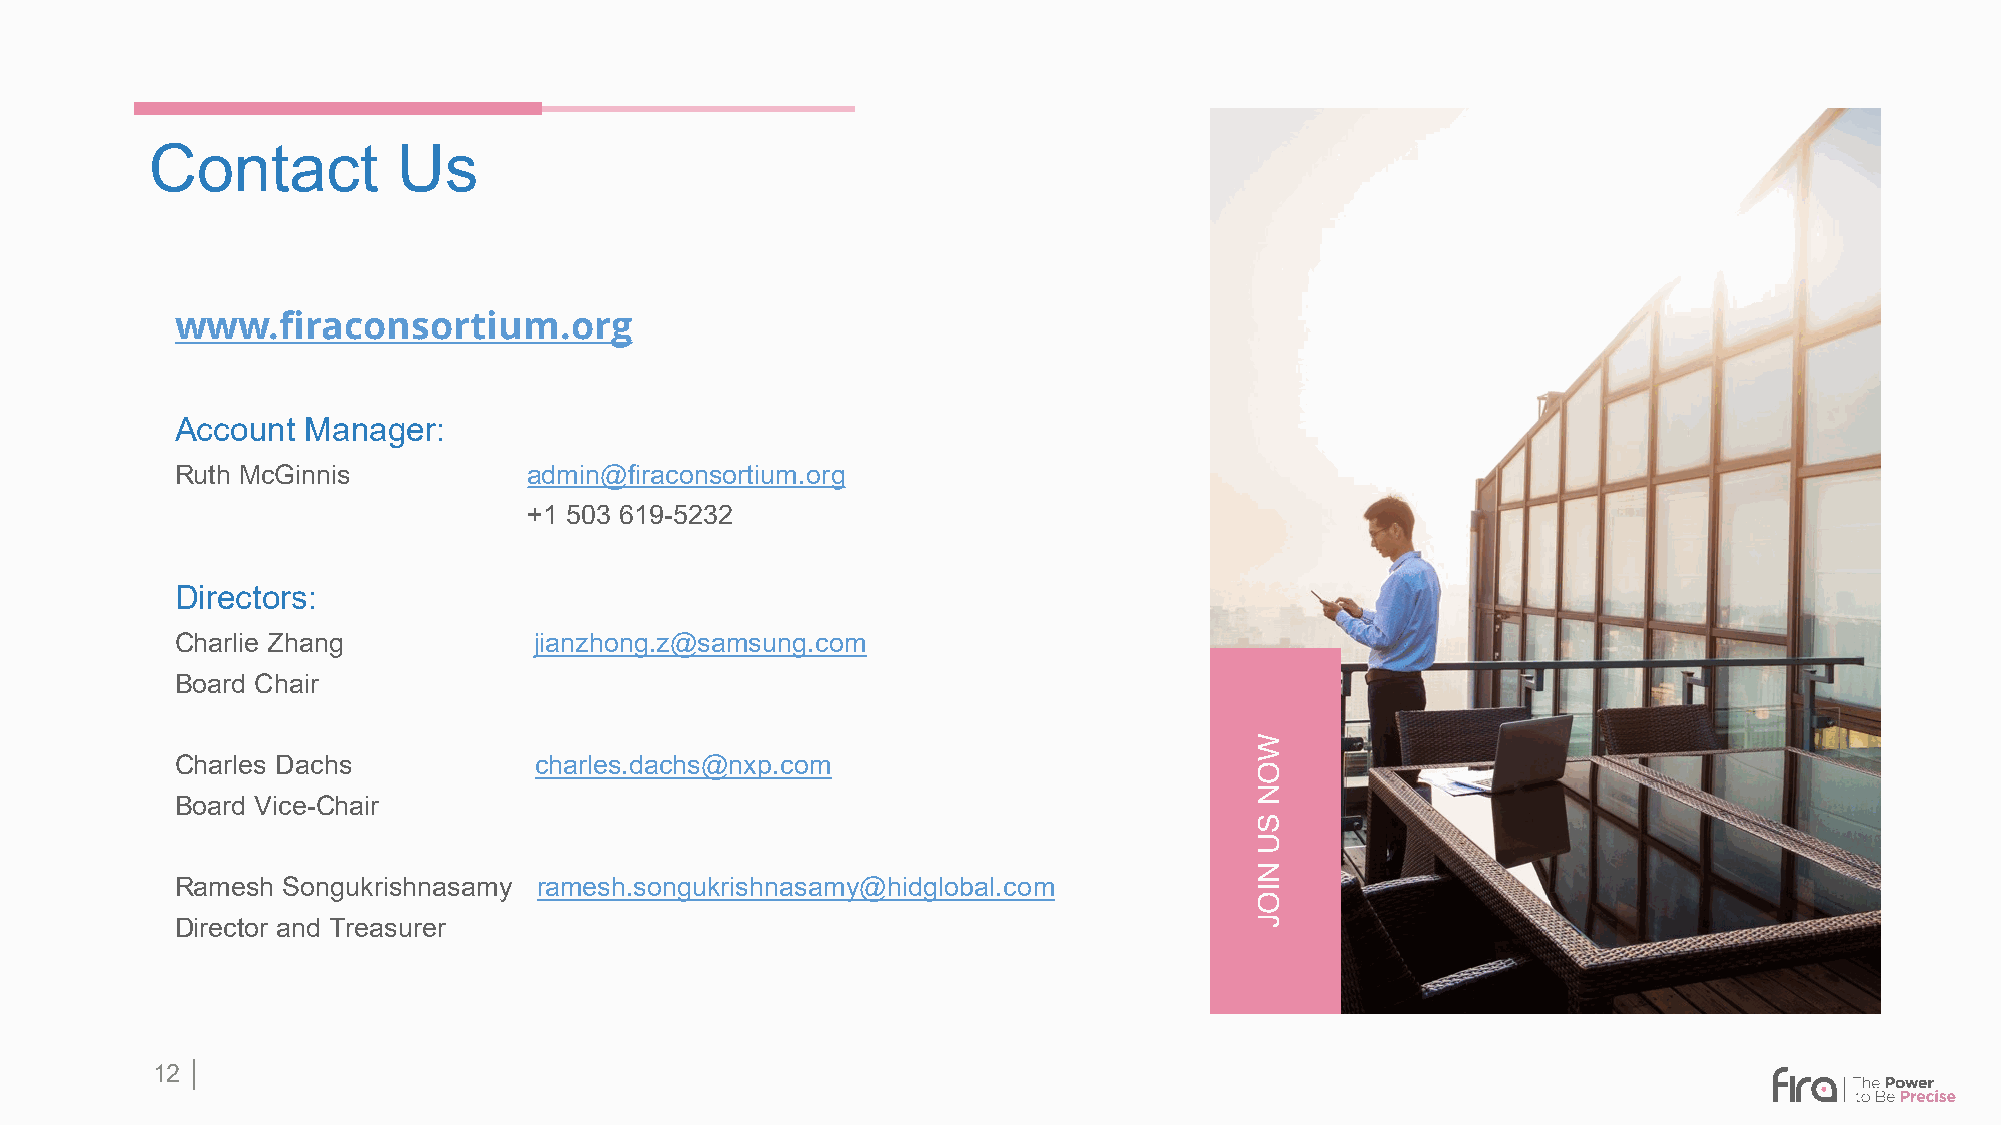
Contact         Us
 www.firaconsortium.org
 Account Manager:
 Ruth McGinnis          admin@firaconsortium.org
 +1 503 619-5232
 Directors:
 Charlie Zhang          jianzhong.z@samsung.com
 Board Chair
 Charles Dachs          charles.dachs@nxp.com
 Board Vice-Chair
 Ramesh Songukrishnasamy ramesh.songukrishnasamy@hidglobal.com
 Director and Treasurer
 12 │
 WON
 SU
 NIOJ